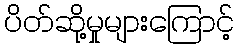
ပိတ်ဆို့မှုများကြောင့်